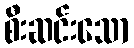
စီးဆင်းသော